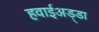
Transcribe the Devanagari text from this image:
हवाईअड़्डा